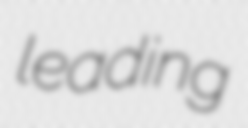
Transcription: leading